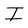
Character: I